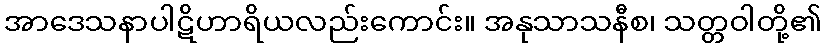
အာဒေသနာပါဋိဟာရိယလည်းကောင်း။ အနုသာသနီစ၊ သတ္တဝါတို့၏